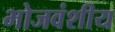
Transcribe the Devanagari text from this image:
भोजवंशीय